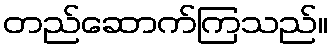
တည်ဆောက်ကြသည်။